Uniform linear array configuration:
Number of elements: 32
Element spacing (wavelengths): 1
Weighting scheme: blackman
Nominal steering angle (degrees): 0
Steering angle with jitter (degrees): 0.05429
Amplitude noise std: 0.05
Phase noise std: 0.05

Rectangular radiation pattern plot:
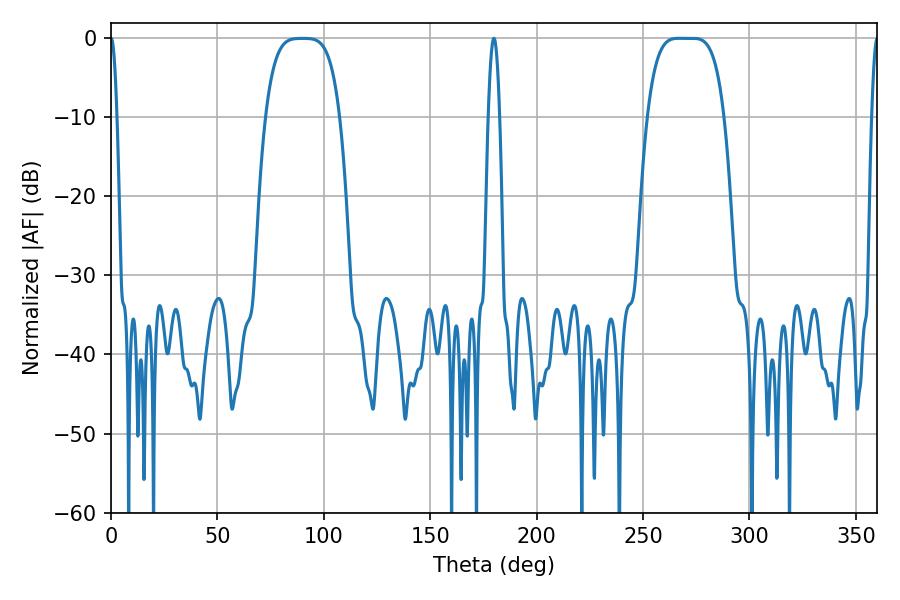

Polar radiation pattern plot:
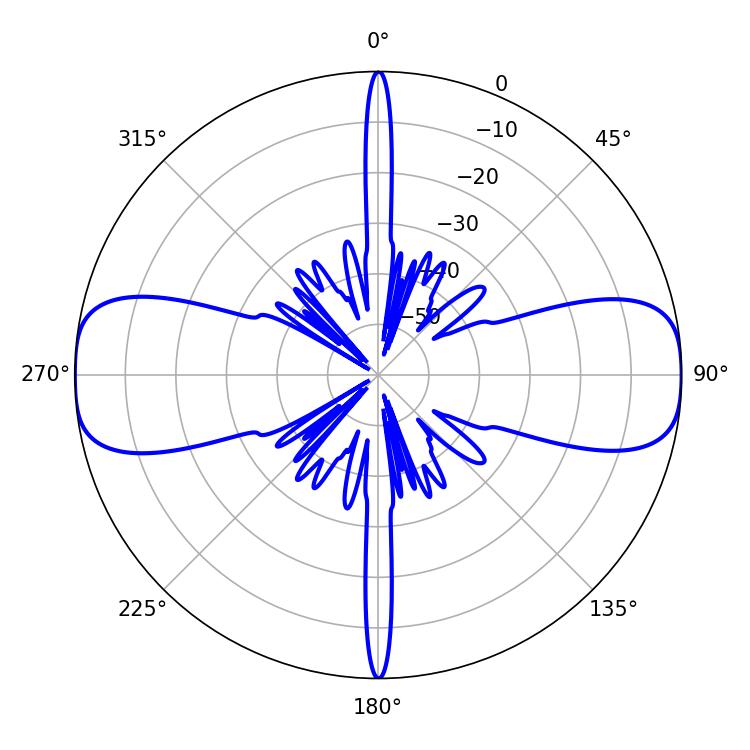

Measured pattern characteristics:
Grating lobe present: TRUE
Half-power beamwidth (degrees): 27
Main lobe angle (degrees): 273.06